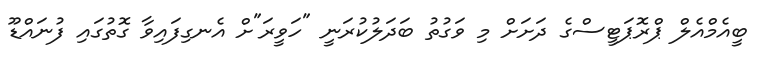
ބީއެމްއެލް ޕްރޮޕަޓީސްގެ ދަށަށް މި ވަގުތު ބަދަލުކުރަނީ "ހަވީރަ"ށް އެނގިފައިވާ ގޮތުގައި ފުނައްޑޫ